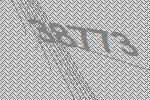
38773